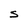
Character: S